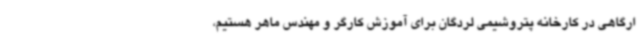
ارگاهی در کارخانه پتروشیمی لردگان برای آموزش کارگر و مهندس ماهر هستیم،